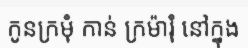
កូនក្រមុំ កាន់ ក្រម៉ារុំ នៅក្នុង